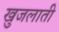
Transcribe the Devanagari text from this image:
खुजलाती